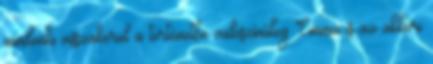
mindenki visszakerül a történetbe valószínűleg Emma is az akkori